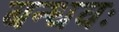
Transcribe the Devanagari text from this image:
बन्धवः